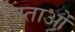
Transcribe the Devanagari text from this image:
जिंताओं